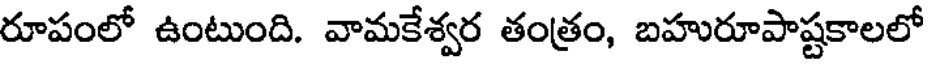
రూపంలో ఉంటుంది. వామకేశ్వర తంత్రం, బహురూపాష్టకాలలో